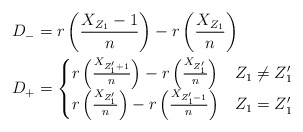
\begin{align*}D_- & = r\left( \frac{X_{Z_1}-1}{n} \right) - r\left(\frac{X_{Z_1}}{n}\right)\\D_+ & = \begin{cases} r\left(\frac{X_{Z_1'+1}}{n} \right) - r\left(\frac{X_{Z_1'}}{n}\right) & Z_1 \neq Z_1'\\ r\left(\frac{X_{Z_1'}}{n} \right) - r\left(\frac{X_{Z_1'-1}}{n}\right) & Z_1 = Z_1' \end{cases}\end{align*}